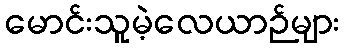
မောင်းသူမဲ့လေယာဉ်များ